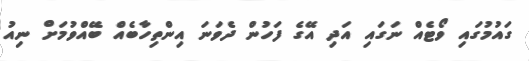
ގައުމުގައި ވޯޓެއް ނަގައި އަދި އޭގެ ފަހުން ދެވަނަ އިންތިހާބެއް ބޭއްވުމަށް ނިއު